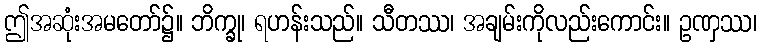
ဤအဆုံးအမတော်၌။ ဘိက္ခု၊ ရဟန်းသည်။ သီတဿ၊ အချမ်းကိုလည်းကောင်း။ ဥဏှဿ၊